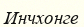
Инчхонге